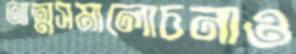
আত্মসমালোচনাও